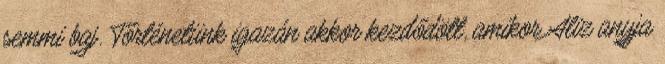
semmi baj. Történetünk igazán akkor kezdődött, amikor Aliz anyja